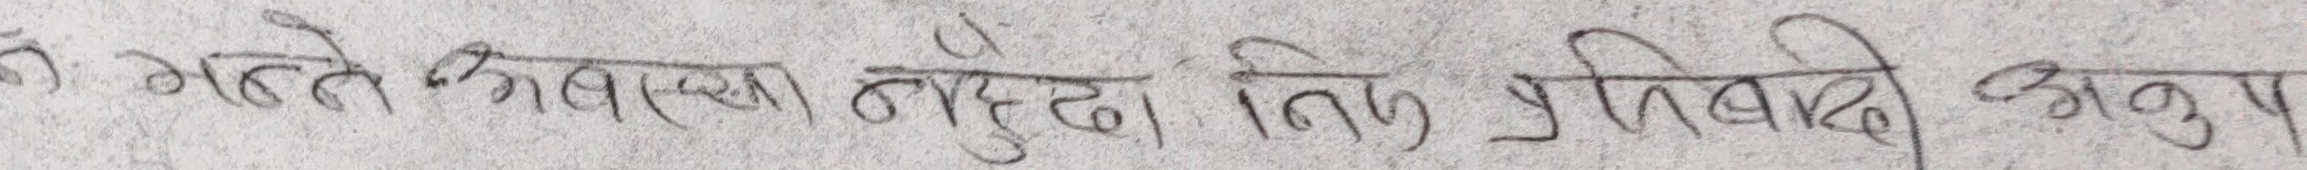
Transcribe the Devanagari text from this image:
म भन्ने कुरामा नहुदान तिमी प्रतिवादी अनुरुप